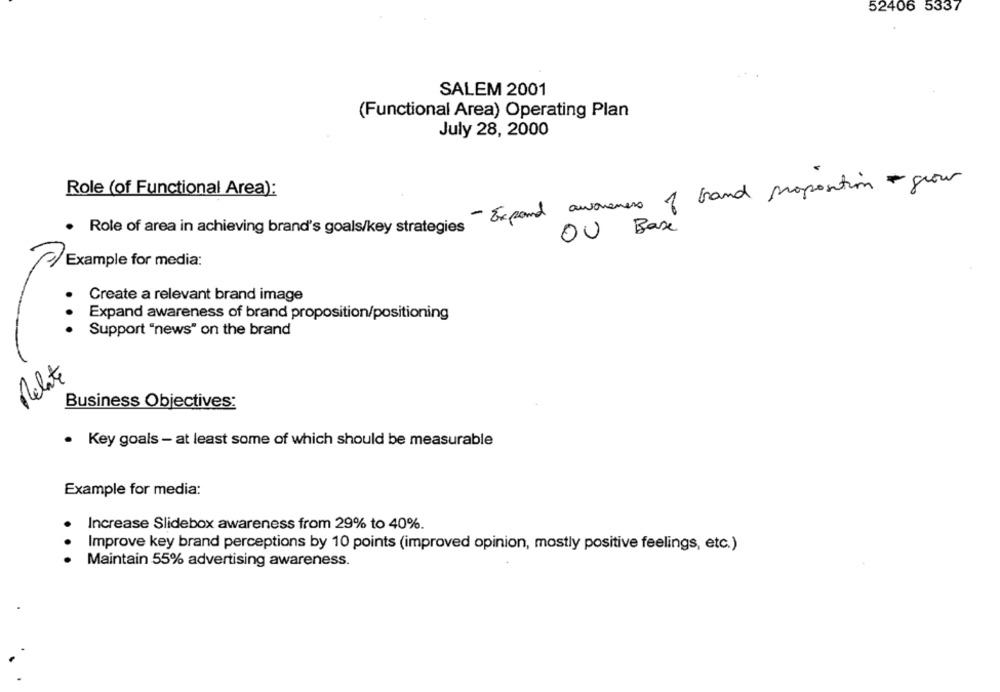
52406 5337
SALEM 2001
(Functional Area) Operating Plan
July 28, 2000
Role (of Functional Area):
Role of area in achieving brand's goals/key strategies - Expand awareness of band proposition you
OU Base
Example for media:
Create a relevant brand image
Expand awareness of brand proposition/positioning
Support "news" on the brand
Relate
Business Objectives:
. Key goals - at least some of which should be measurable
Example for media:
Increase Slidebox awareness from 29% to 40%.
Improve key brand perceptions by 10 points (improved opinion, mostly positive feelings, etc.)
Maintain 55% advertising awareness.